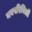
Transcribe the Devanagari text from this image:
नवपरिचितों